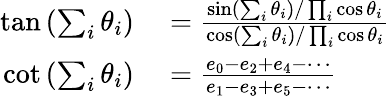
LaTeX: \begin{array}{rl}{\tan\left(\sum_{i}\theta_{i}\right)}&{{}={\frac{\sin\left(\sum_{i}\theta_{i}\right)/\prod_{i}\cos\theta_{i}}{\cos\left(\sum_{i}\theta_{i}\right)/\prod_{i}\cos\theta_{i}}}}\\ {\cot\left(\sum_{i}\theta_{i}\right)}&{{}={\frac{e_{0}-e_{2}+e_{4}-\cdots}{e_{1}-e_{3}+e_{5}-\cdots}}}\end{array}